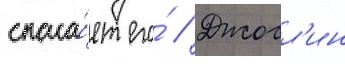
спаса́ет его́ // Джосл'ин